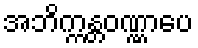
အဘိက္ကန္တဝဏ္ဏာပေ